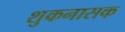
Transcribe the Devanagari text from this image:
शुकनासक